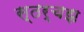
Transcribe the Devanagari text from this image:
स्तर्चझ